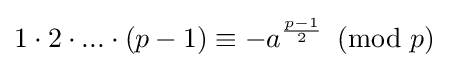
1\cdot 2\cdot ...\cdot (p-1)\equiv -a^{\frac {p-1}{2}}\!\!\!{\pmod {p}}